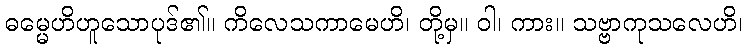
ဓမ္မေဟိဟူသောပုဒ်၏။ ကိလေသကာမေဟိ၊ တို့မှ။ ဝါ၊ ကား။ သဗ္ဗာကုသလေဟိ၊